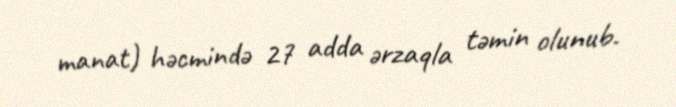
manat) həcmində 27 adda ərzaqla təmin olunub.